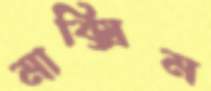
মাক্সিম